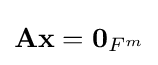
\mathbf {Ax} =\mathbf {0} _{{F}^{m}}